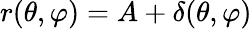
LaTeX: r(\theta,\varphi)=A+\delta(\theta,\varphi)